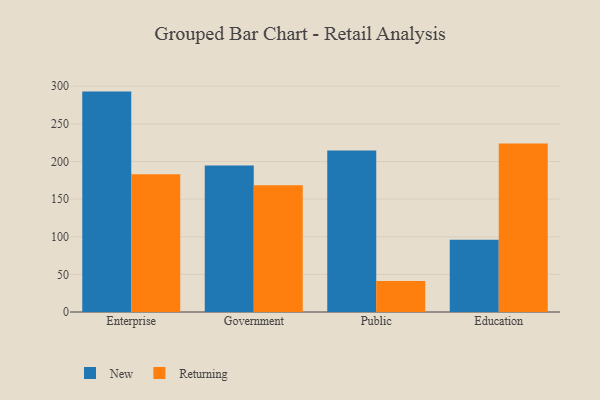
{"axis": {"x": "Segment", "y": "Market Share (%)"}, "legend": ["New", "Returning"], "data": [{"x": "Enterprise", "y": 292.9, "type": "New"}, {"x": "Enterprise", "y": 183.2, "type": "Returning"}, {"x": "Government", "y": 194.6, "type": "New"}, {"x": "Government", "y": 168.5, "type": "Returning"}, {"x": "Public", "y": 214.6, "type": "New"}, {"x": "Public", "y": 41.2, "type": "Returning"}, {"x": "Education", "y": 96.1, "type": "New"}, {"x": "Education", "y": 223.8, "type": "Returning"}]}